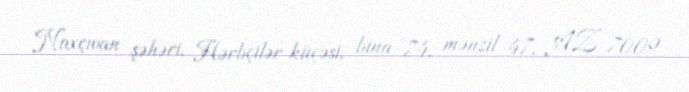
Naxçıvan şəhəri, Hərbçilər küçəsi, bina 74, mənzil 47, AZ 7009